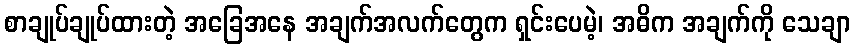
စာချုပ်ချုပ်ထားတဲ့ အခြေအနေ အချက်အလက်တွေက ရှင်းပေမဲ့၊ အဓိက အချက်ကို သေချာ